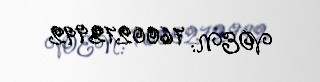
VOEN: 7600272992